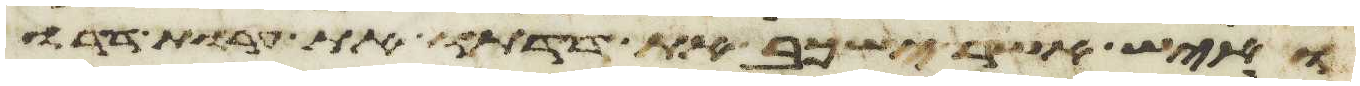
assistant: ואיש אשר ישכב את דדתו את ערות דדו